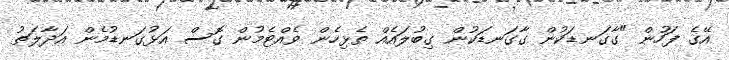
އޭގެ ފަހުން "ގާގަނޑަކުން ގާގަނޑަކުން ގިބުލައެއް ތެޅިހެން ވެއްޓެމުން ގޮސް އަޅުގަނޑުމެން އަދާލަތު